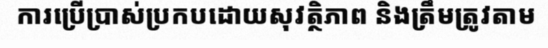
ការប្រើប្រាស់ប្រកបដោយសុវត្ថិភាព និងត្រឹមត្រូវតាម